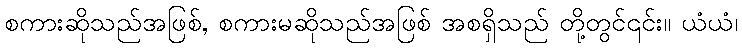
စကားဆိုသည်အဖြစ်, စကားမဆိုသည်အဖြစ် အစရှိသည် တို့တွင်၎င်း။ ယံယံ၊